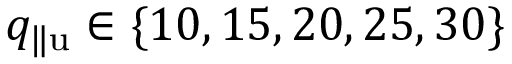
q _ { \| \mathrm { u } } \in \{ 1 0 , 1 5 , 2 0 , 2 5 , 3 0 \}